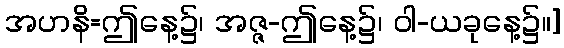
အဟနိ=ဤနေ့၌၊ အဇ္ဇ-ဤနေ့၌၊ ဝါ-ယခုနေ့၌။]